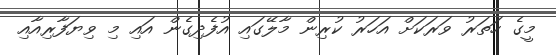
މީގެ ހަތަރު ވަރަކަށް އަހަރު ކުރިން މާލޭގައި އުފެދިގެން އައި މި ވިޔަފާރިއާއި